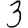
Digit: 3